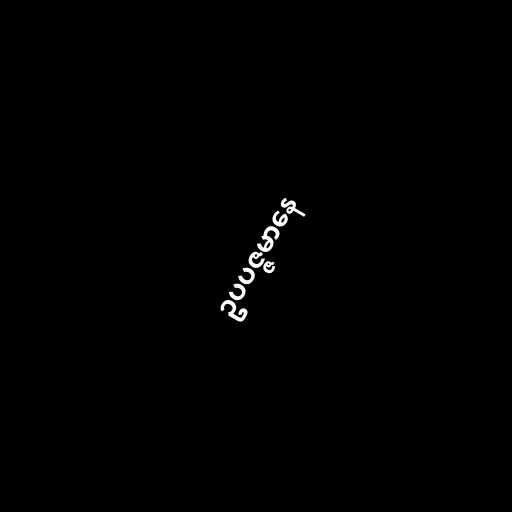
ဥပပဇ္ဇမာနေ